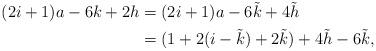
LaTeX: \begin{align*}(2i+1) a - 6 k + 2 h & = (2i+1) a - 6 \tilde{k} + 4 \tilde{h} \\& = (1 + 2 (i - \tilde{k}) + 2 \tilde{k}) + 4 \tilde{h} - 6 \tilde{k},\end{align*}